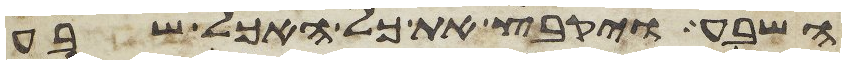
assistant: השבע ויקבץ את כל האכל שבע